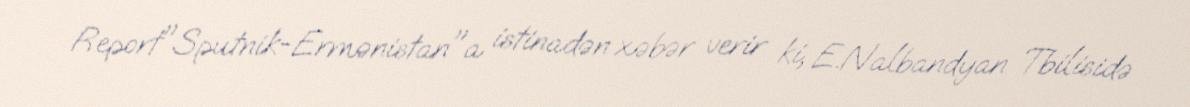
Report"Sputnik-Ermənistan"a istinadən xəbər verir ki, E.Nalbandyan Tbilisidə